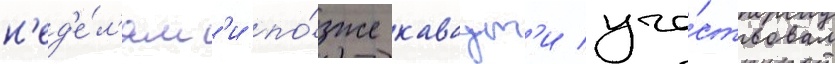
н'ед'е́л'ям'и по́зже каваут'и уча́ствовал